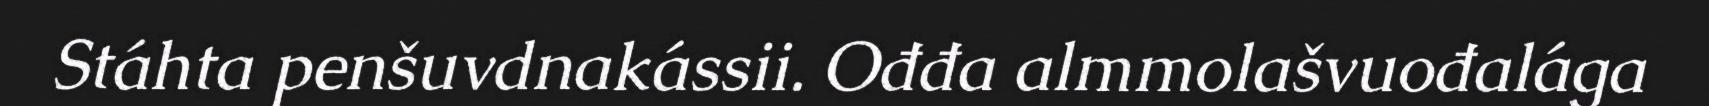
Stáhta penšuvdnakássii. Ođđa almmolašvuođalága